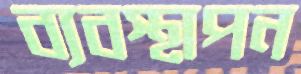
ব্যবস্থাপন